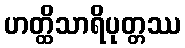
ဟတ္ထိသာရိပုတ္တဿ